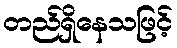
တည်ရှိနေသဖြင့်